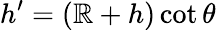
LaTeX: h^{\prime}=(\mathbb{R}+h)\cot\theta